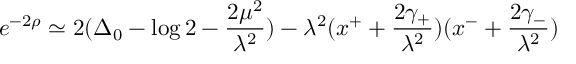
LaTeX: e ^ { - 2 \rho } \simeq 2 ( \Delta _ { 0 } - \log 2 - \frac { 2 \mu ^ { 2 } } { \lambda ^ { 2 } } ) - \lambda ^ { 2 } ( x ^ { + } + \frac { 2 \gamma _ { + } } { \lambda ^ { 2 } } ) ( x ^ { - } + \frac { 2 \gamma _ { - } } { \lambda ^ { 2 } } )